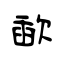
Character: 歃